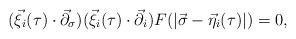
LaTeX: \begin{align*}(\vec{\xi}_{i}(\tau )\cdot {\vec{\partial}}_{\sigma })(\vec{\xi}_{i}(\tau)\cdot {\vec{\partial}}_{i})F(|\vec{\sigma}-\vec{\eta}_{i}(\tau )|)=0,\end{align*}